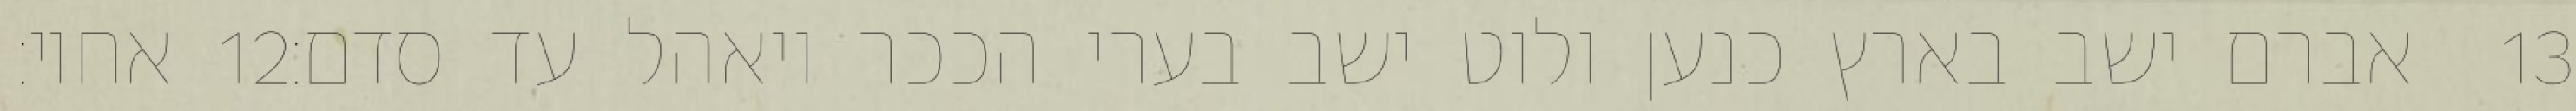
אחיו׃ ‎12‏ אברם ישב בארץ כנען ולוט ישב בערי הככר ויאהל עד סדם׃ ‎13‏